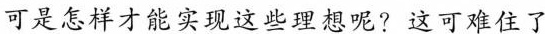
可是怎样才能实现这些理想呢?这可难住了